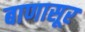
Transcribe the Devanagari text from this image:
बाणासूर